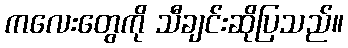
ကလေးတွေကို သီချင်းဆိုပြသည်။